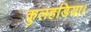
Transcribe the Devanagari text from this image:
कुलहडिया।